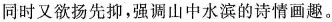
同时又欲扬先抑，强调山中水滨的诗情画趣。